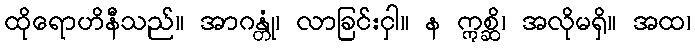
ထိုရောဟိနီသည်။ အာဂန္တုံ၊ လာခြင်းငှါ။ န ဣစ္ဆိ၊ အလိုမရှိ။ အထ၊